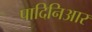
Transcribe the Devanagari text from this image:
पादिनिआर